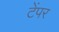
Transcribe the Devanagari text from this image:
टेंपर